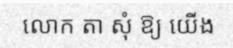
លោក តា សុំ ឱ្យ យើង